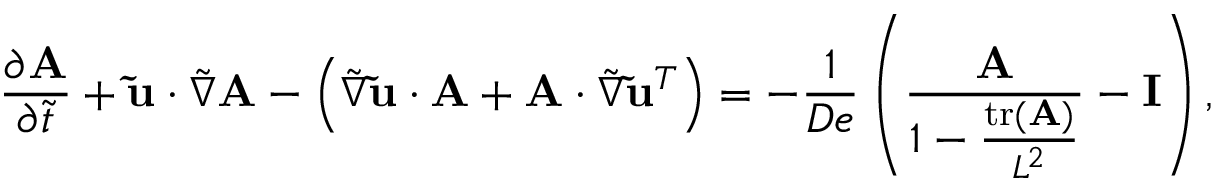
\frac { \partial \mathbf { A } } { \partial \Tilde { t } } + \mathbf { \Tilde { u } } \cdot \boldsymbol { \Tilde { \boldsymbol { \nabla } } } \mathbf { A } - \left( \boldsymbol { \Tilde { \boldsymbol { \nabla } } } \mathbf { \Tilde { u } } \cdot \mathbf { A } + \mathbf { A } \cdot \boldsymbol { \Tilde { \boldsymbol { \nabla } } } \mathbf { \Tilde { u } } ^ { T } \right) = - \frac { 1 } { D e } \left( \frac { \mathbf { A } } { 1 - \frac { \operatorname { t r } ( \mathbf { A } ) } { L ^ { 2 } } } - \mathbf { I } \right) ,